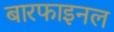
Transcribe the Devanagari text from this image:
बारफाइनल